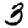
Digit: 3